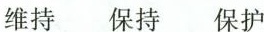
维持 保持 保护